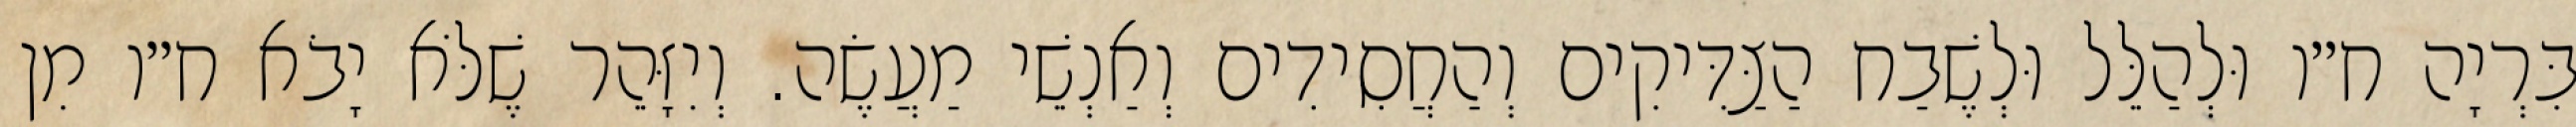
בִּרְיָה ח״ו וּלְהַלֵּל וּלְשֶׁבַח הַצַּדִּיקִים וְהַחֲסִידִים וְאַנְשֵׁי מַעֲשֶׂה. וְיִזָּהֵר שֶׁלֹּא יָבֹא ח״ו מִן